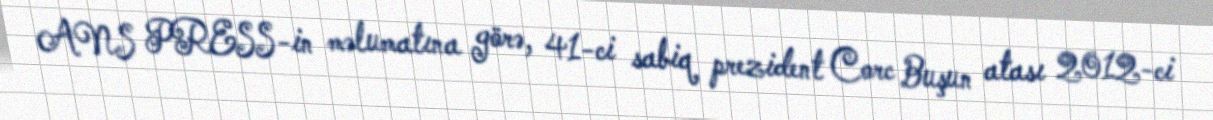
ANS PRESS-in məlumatına görə, 41-ci sabiq prezident Corc Buşun atası 2012-ci